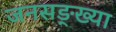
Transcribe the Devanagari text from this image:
जनसङ्ख्या